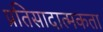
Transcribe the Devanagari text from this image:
प्रतिसादात्मकता